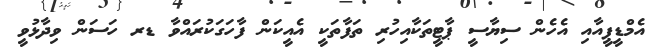
އެމްޑީޕީއާއި އެހެން ސިޔާސީ ޕާޓީތަކާއިހުރި ތަފާތަކީ އެއީކަން ފާހަގަކުރައްވާ ޑރ ހަސަން ވިދާޅުވީ